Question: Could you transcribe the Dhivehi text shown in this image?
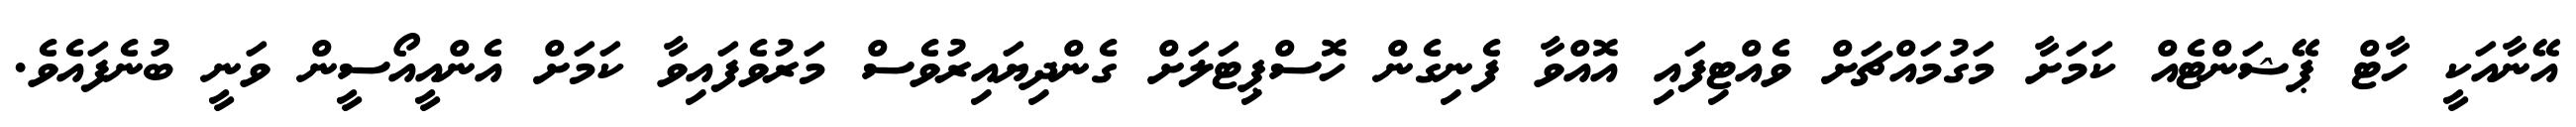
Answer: އޭނާއަކީ ހާޓް ޕޭޝަންޓެއް ކަމަށާ މަގުމައްޗަށް ވެއްޓިފައި އޮއްވާ ފެނިގެން ހޮސްޕިޓަލަށް ގެންދިޔައިރުވެސް މަރުވެފައިވާ ކަމަށް އެންއީއޯސީން ވަނީ ބުނެފައެވެ.